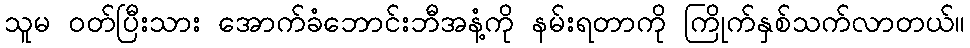
သူမ ဝတ်ပြီးသား အောက်ခံဘောင်းဘီအနံ့ကို နမ်းရတာကို ကြိုက်နှစ်သက်လာတယ်။